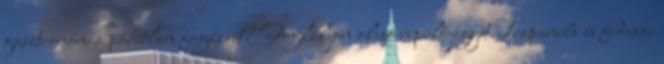
gasztronómia páratlan fogásait? Foglaljon olcsó repülőjegyet Trapaniba és fedezze